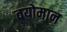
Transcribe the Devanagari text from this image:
वयोमान